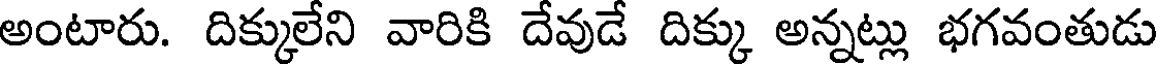
అంటారు. దిక్కులేని వారికి దేవుడే దిక్కు అన్నట్లు భగవంతుడు